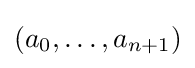
(a_{0},\ldots ,a_{n+1})